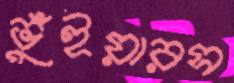
ভুঁইয়ারস